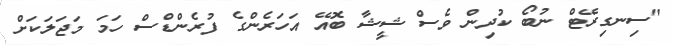
"ސިނގިރޭޓް ނުބޯ ކުދިން ވެސް ޝީޝާ ބޮއޭ އަހަރެންގެ ފުރެންޑްސް ހަމަ މަޖަލަކަށް